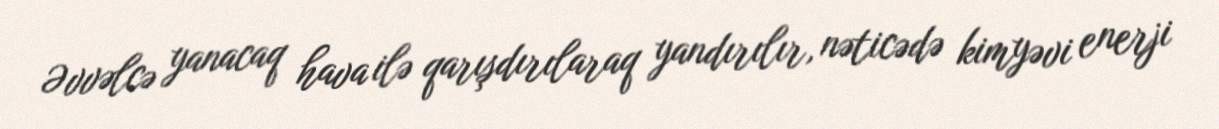
Əvvəlcə yanacaq hava ilə qarışdırılaraq yandırılır, nəticədə kimyəvi enerji